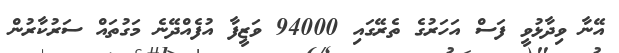
އޭނާ ވިދާޅުވީ ފަސް އަހަރުގެ ތެރޭގައި 94000 ވަޒީފާ އުފެއްދޭނެ މަގުތައް ސަރުކާރުން